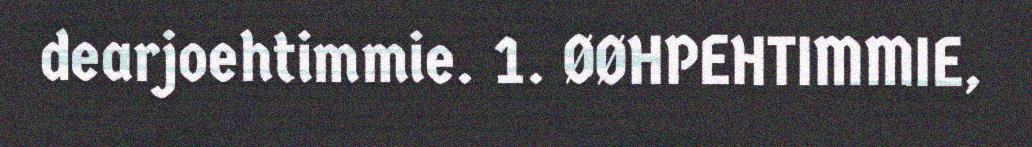
dearjoehtimmie. 1. ØØHPEHTIMMIE,